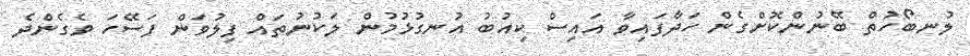
ލުނބޯހުތް ބޭނުންކޮށްގެން ހަދާފައިވާ އައިސް ކިއުބު އުނގުޅުމުން ލަކުނުތައް ފިލުވަން ފަސޭހަ ވެގެންދެ